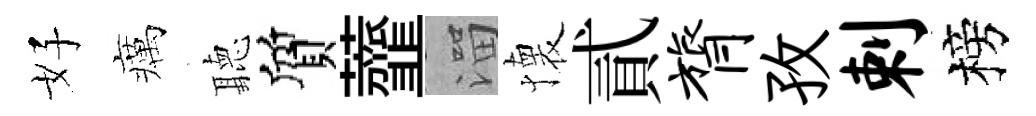
好癘聽質虀溜懐貳膂孜剌榜